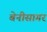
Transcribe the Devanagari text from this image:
बेनीसागर